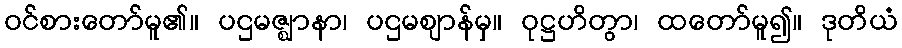
ဝင်စားတော်မူ၏။ ပဌမဇ္ဈာနာ၊ ပဌမဈာန်မှ။ ဝုဋ္ဌဟိတွာ၊ ထတော်မူ၍။ ဒုတိယံ